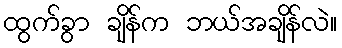
ထွက်ခွာ ချိန်က ဘယ်အချိန်လဲ။